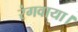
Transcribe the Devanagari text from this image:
रंगवाया।